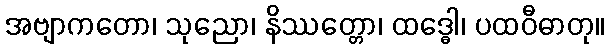
အဗျာကတော၊ သုညော၊ နိဿတ္တော၊ ထဒ္ဓေါ၊ ပထဝီဓာတု။